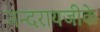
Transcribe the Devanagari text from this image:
नन्दरायजीके